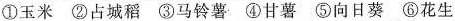
①玉米②占城稻③马铃薯④甘薯⑤向日葵⑥花生